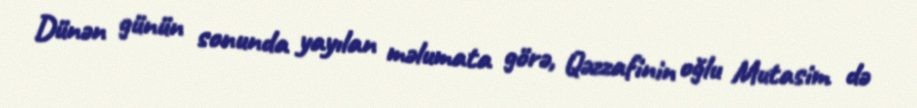
Dünən günün sonunda yayılan məlumata görə, Qəzzafinin oğlu Mutasim də